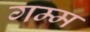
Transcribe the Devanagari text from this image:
गम्म